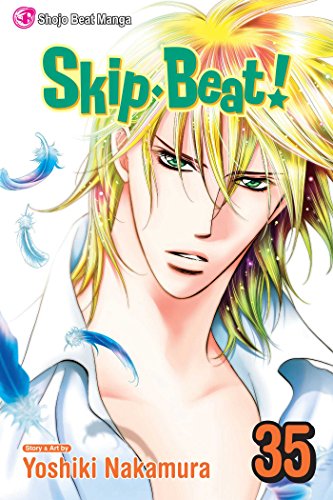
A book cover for Skip Beat!, Vol. 35; Yoshiki Nakamura; Comics & Graphic Novels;